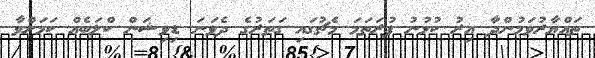
ތައްޔާރުވަމުންދާ އިރު ކުޅުނު ފުރަތަމަ މެޗުގައި ގަތަރުގެ ދެވަނަ ޑިވިޝަން ކްލަބެއް ކަމަށްވާ